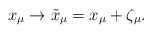
LaTeX: \begin{align*}x_{\mu} \to \tilde{x}_{\mu} = x_{\mu} + \zeta_{\mu}. \end{align*}